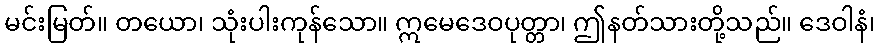
မင်းမြတ်။ တယော၊ သုံးပါးကုန်သော။ ဣမေဒေဝပုတ္တာ၊ ဤနတ်သားတို့သည်။ ဒေဝါနံ၊